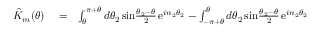
\begin{array} { r l r } { \hat { K } _ { m } ( \theta ) } & { { } = } & { \int _ { \theta } ^ { \pi + \theta } d \theta _ { 2 } \, \mathrm { s i n } { \frac { \theta _ { 2 } - \theta } { 2 } } \, \mathrm { e } ^ { i n _ { 2 } \theta _ { 2 } } - \int _ { - \pi + \theta } ^ { \theta } d \theta _ { 2 } \, \mathrm { s i n } { \frac { \theta _ { 2 } - \theta } { 2 } } \, \mathrm { e } ^ { i n _ { 2 } \theta _ { 2 } } } \end{array}